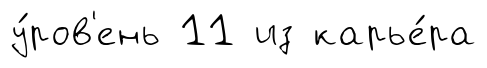
у́ров'ень 11 из карье́ра